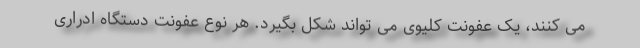
می کنند، یک عفونت کلیوی می تواند شکل بگیرد. هر نوع عفونت دستگاه ادراری